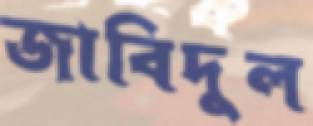
জাবিদুল